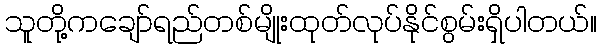
သူတို့ကချော်ရည်တစ်မျိုးထုတ်လုပ်နိုင်စွမ်းရှိပါတယ်။